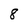
Character: 8